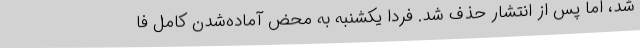
شد، اما پس از انتشار حذف شد. فردا یکشنبه به محض آماده‌شدن کامل فا